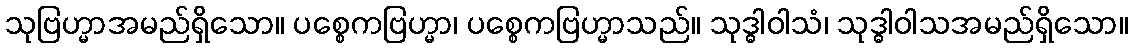
သုဗြဟ္မာအမည်ရှိသော။ ပစ္စေကဗြဟ္မာ၊ ပစ္စေကဗြဟ္မာသည်။ သုဒ္ဓါဝါသံ၊ သုဒ္ဓါဝါသအမည်ရှိသော။